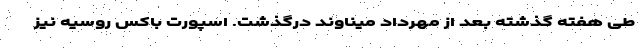
طی هفته گذشته بعد از مهرداد میناوند درگذشت. اسپورت باکس روسیه نیز